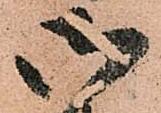
御